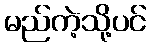
မည်ကဲ့သို့ပင်